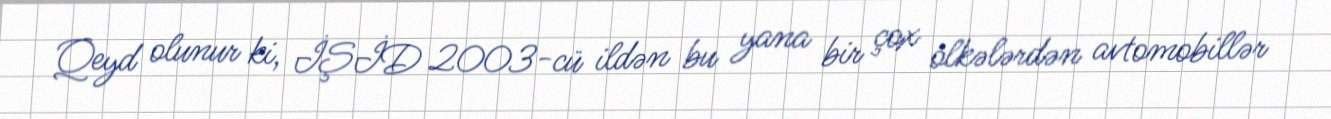
Qeyd olunur ki, İŞİD 2003-cü ildən bu yana bir çox ölkələrdən avtomobillər